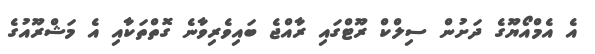
އެ އެމްއޯޔޫގެ ދަށުން ސިލްކް ރޫޓްގައި ރާއްޖެ ބައިވެރިވާނެ ގޮތްތަކާއި އެ މަޝްރޫއުގެ